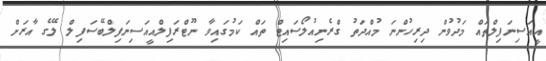
އީއަސިނަފިލްތައް މަދުވުން ދިރިހުންނަ މުއްދަތު ގްރެނިއުލޯސައިޓް ތައް ކަމުގައިވާ ނޫޓްރަފިލްއީއަސިނަފިލްބޭސަފިލް ލޭގެ އާރަށް